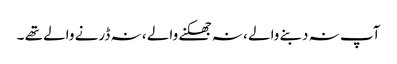
آپ نہ دبنے والے ، نہ جھکنے والے ، نہ ڈرنے والے تھے ۔